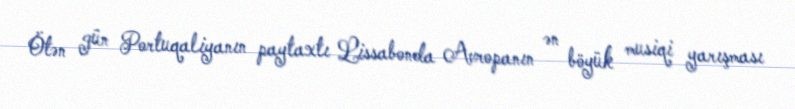
Ötən gün Portuqaliyanın paytaxtı Lissabonda Avropanın ən böyük musiqi yarışması